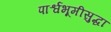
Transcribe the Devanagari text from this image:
पार्श्वभूमीसुद्धा